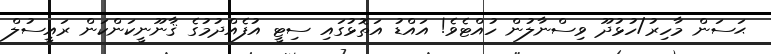
ޙަސަން މާހިރު/ހުޅުދޫ ވިސްނާލުން ހުއްޓެވެ! އައްޑު އަތޮޅުގައި ސިޓީ އުފެއްދުމުގެ ޤާނޫނީކަންކަން ރައީސުލް